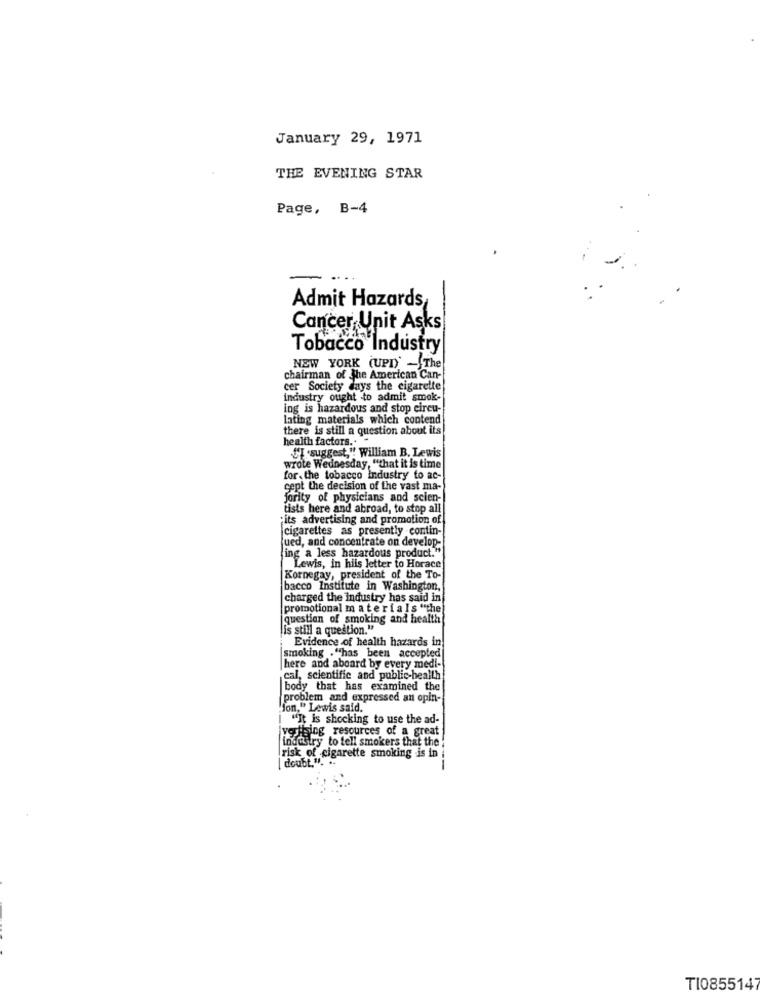
January 29, 1971
THE EVENING STAR
Page, B-4
Admit Hazards,
Cancer Unit Asks
vacco Industry
NEW YORK (UPD) -The
chairman of the American Can-
cer Society days the cigarette
industry ought to admit smok-
ing is hazardous and stop circu-
lating materials which contend
there is still a question about its
health factors.
"I suggest," William B. Lewis
wrote Wednesday, "that it is time
for, the tobacco Industry to ac-
cept the decision of the vast ma-
jority of physicians and scien-
tists here and abroad, to stop all
its advertising and promotion of
cigarettes as presently contin-
jued, and concentrate on develop-
ing a less hazardous product."
Lewis, in hils letter to Horace
Kornegay, president of the To-
bacco Institute in Washington,
charged the Industry has said in
promotional materials "the
question of smoking and health
is still a question."
Evidence of health hazards in!
smoking . "has been accepted|
here and aboard by every medi-
cal, scientific and public-health
body that has examined the
problem and expressed an opin-
fon," Lewis said.
"It is shocking to use the ad-
yestting resources of a great
industry to tell smokers that the !
risk of cigarette smoking is in i
doubt.".
TI0855147